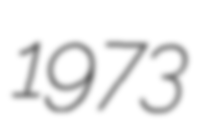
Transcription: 1973